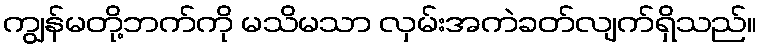
ကျွန်မတို့ဘက်ကို မသိမသာ လှမ်းအကဲခတ်လျက်ရှိသည်။